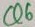
Text: Q6